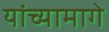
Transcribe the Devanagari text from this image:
यांच्यामागे